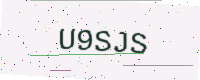
Text: U9SJS